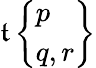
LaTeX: \mathfrak{t}\left\{ {\begin{array}{l}{p}\\ {q,r}\end{array}}\right\}